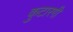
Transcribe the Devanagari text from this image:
कुटारगी